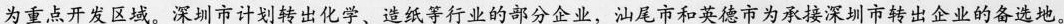
为优化开发区域，将汕尾市和英德市划为重点开发区域。深圳市计划转出化学、造纸等行业的部分企业，汕尾市和英德市为承接深圳市转出企业的备选地。